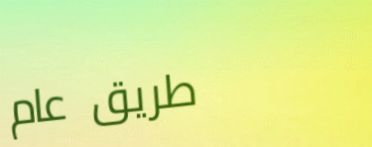
طريق عام